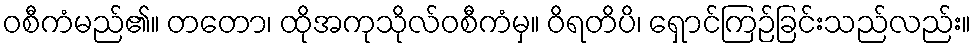
ဝစီကံမည်၏။ တတော၊ ထိုအကုသိုလ်ဝစီကံမှ။ ဝိရတိပိ၊ ရှောင်ကြဉ်ခြင်းသည်လည်း။